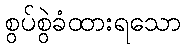
စွပ်စွဲခံထားရသော